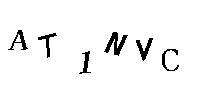
AT1NVC